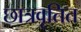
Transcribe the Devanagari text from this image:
छात्रवृतित